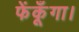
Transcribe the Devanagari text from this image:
फेंकूँगा।